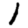
Digit: 1